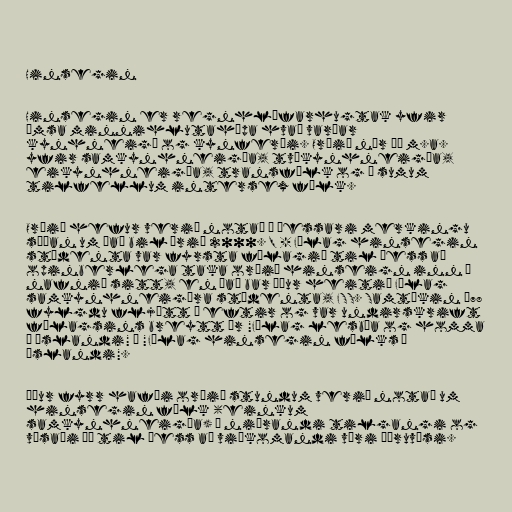
Hinsegin

Hinsegin er regnhlífarhugtak yfir
ýmsa minnihlutahópa hvað varðar
kynhneigð og kynferði. Orðið nær þá m.a.
yfir samkynhneigða, tvíkynhneigða,
eikynhneigða, transfólk og í sumum
tilfellum intersex fólk.

Orðið hefur verið notað í þessari merkingu
síðan um það bil árið 2000. Q - Félag hinsegin
stúdenta var fyrsta félagið til þess að
opinberlega taka orðið hinseign inn í
nafnið sitt, en það bar áður heitið Félag
samkynhneigðra stúdenta, FSS. Samtökin '78
fylgdu fljótt á eftir og var undirskrift
félagsins breytt úr "Félag lesbía og homma
á Íslandi" í "Félag hinsegin fólks á
Íslandi".

Áður fyrr hafði orðið stundum verið notað um
hinsegin fólk (einkum
samkynhneigða) í niðrandi tilgangi og
vísaði þá til þess að viðkomandi væri öðruvísi.